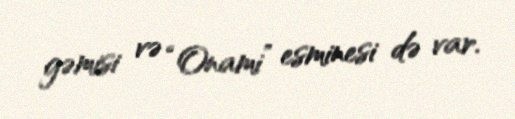
gəmisi və “Onami” esminesi də var.